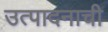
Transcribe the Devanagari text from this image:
उत्‍पादनाची